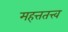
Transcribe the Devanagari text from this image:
महत्ततत्त्व